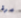
مرة